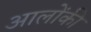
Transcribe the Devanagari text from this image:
आलोंकी